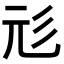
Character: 𢒇